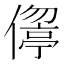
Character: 𠏦